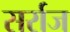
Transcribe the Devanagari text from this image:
सर्राज